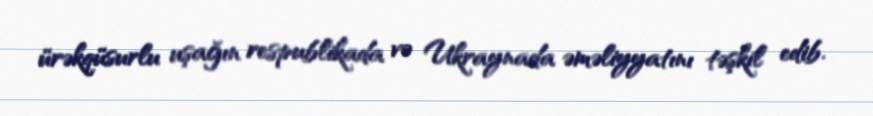
ürəkqüsurlu uşağın respublikada və Ukraynada əməliyyatını təşkil edib.